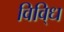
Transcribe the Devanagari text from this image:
विवि्ध